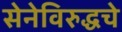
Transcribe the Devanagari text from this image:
सेनेविरुद्धचे